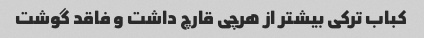
کباب ترکی بیشتر از هرچی قارچ داشت و فاقد گوشت